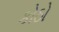
કોઠો